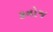
કનોજ